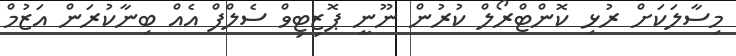
މިސާލަކަށް ރުޅި ކޮންޓްރޯލް ކުރުން ނޫނީ ޕޮޒިޓިވް ސެލްފް އެއް ބިނާކުރަން އަޒުމް